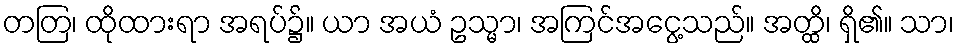
တတြ၊ ထိုထားရာ အရပ်၌။ ယာ အယံ ဥသ္မာ၊ အကြင်အငွေ့သည်။ အတ္ထိ၊ ရှိ၏။ သာ၊